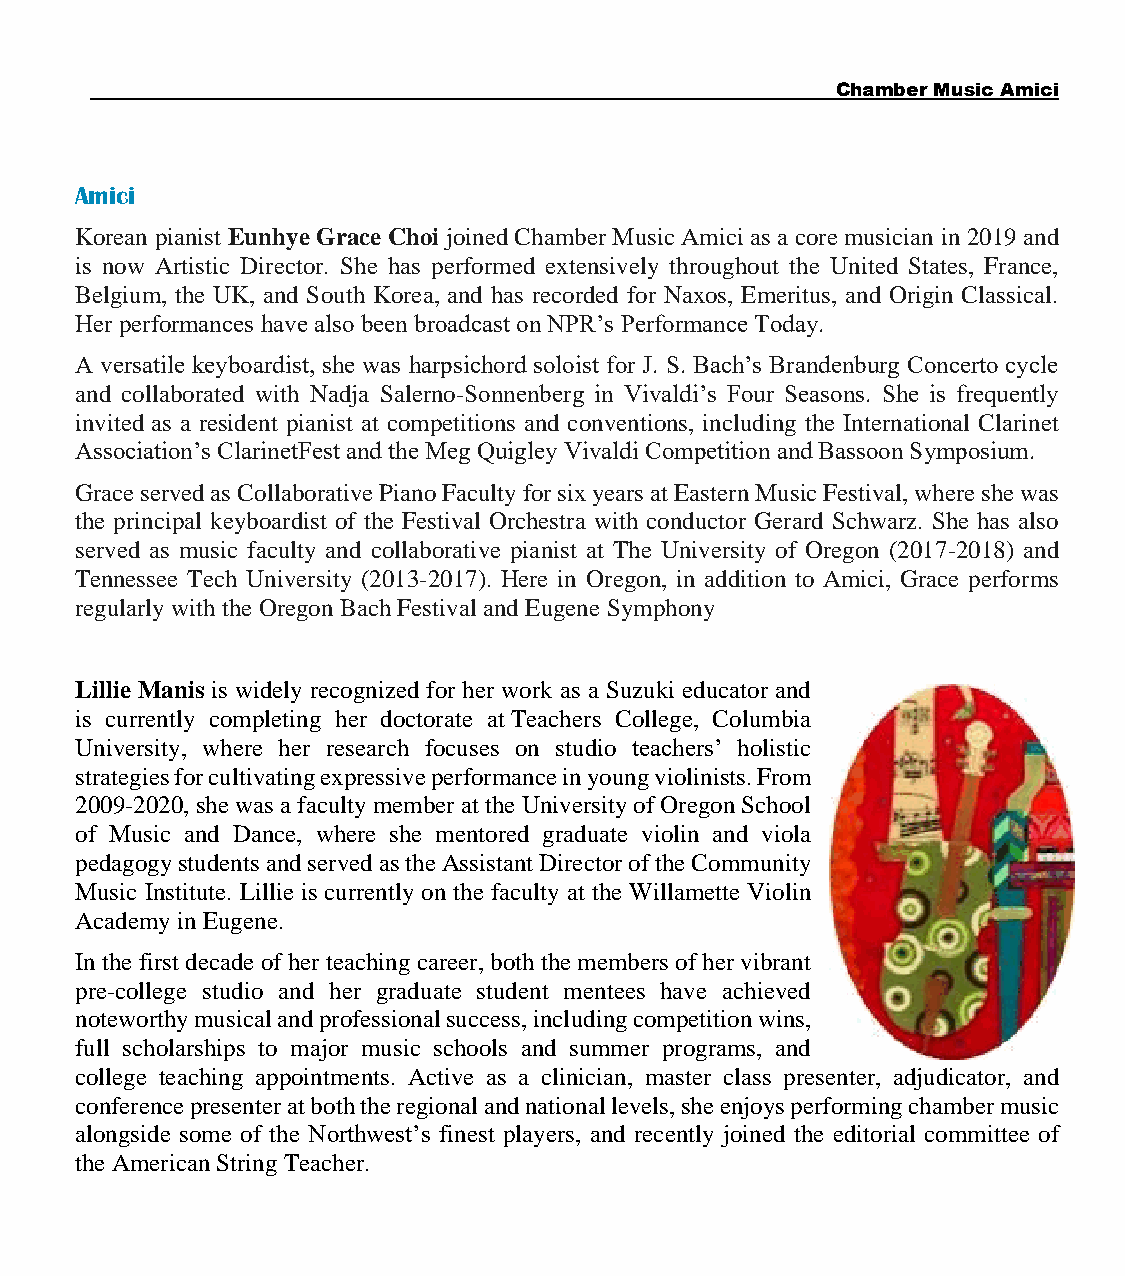
Chamber Music Amici
 Amici
 Korean pianist Eunhye Grace Choi joined Chamber Music Amici as a core musician in 2019 and
 is now Artistic Director. She has performed extensively throughout the United States, France,
 Belgium, the UK, and South Korea, and has recorded for Naxos, Emeritus, and Origin Classical.
 Her performances have also been broadcast on NPR’s Performance Today.
 A versatile keyboardist, she was harpsichord soloist for J. S. Bach’s Brandenburg Concerto cycle
 and collaborated with Nadja Salerno-Sonnenberg in Vivaldi’s Four Seasons. She is frequently
 invited as a resident pianist at competitions and conventions, including the International Clarinet
 Association’s ClarinetFest and the Meg Quigley Vivaldi Competition and Bassoon Symposium.
 Grace served as Collaborative Piano Faculty for six years at Eastern Music Festival, where she was
 the principal keyboardist of the Festival Orchestra with conductor Gerard Schwarz. She has also
 served as music faculty and collaborative pianist at The University of Oregon (2017-2018) and
 Tennessee Tech University (2013-2017). Here in Oregon, in addition to Amici, Grace performs
 regularly with the Oregon Bach Festival and Eugene Symphony
 Lillie Manis is widely recognized for her work as a Suzuki educator and
 is currently completing her doctorate at Teachers College, Columbia
 University, where her research focuses on studio teachers’ holistic
 strategies for cultivating expressive performance in young violinists. From
 2009-2020, she was a faculty member at the University of Oregon School
 of Music and Dance, where she mentored graduate violin and viola
 pedagogy students and served as the Assistant Director of the Community
 Music Institute. Lillie is currently on the faculty at the Willamette Violin
 Academy in Eugene.
 In the first decade of her teaching career, both the members of her vibrant
 pre-college studio and her graduate student mentees have achieved
 noteworthy musical and professional success, including competition wins,
 full scholarships to major music schools and summer programs, and
 college teaching appointments. Active as a clinician, master class presenter, adjudicator, and
 conference presenter at both the regional and national levels, she enjoys performing chamber music
 alongside some of the Northwest’s finest players, and recently joined the editorial committee of
 the American String Teacher.